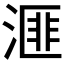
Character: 𪶬